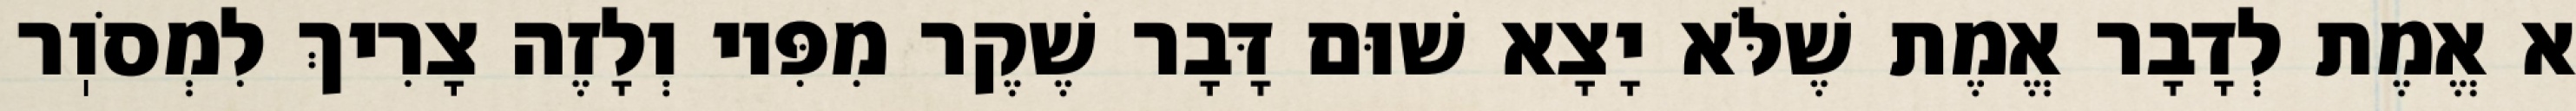
א אֱמֶת לְדָבָר אֱמֶת שֶׁלֹּא יָצָא שׁוּם דָּבָר שֶׁקֶר מִפִּיו וְלָזֶה צָרִיךְ לִמְסֹוֽר